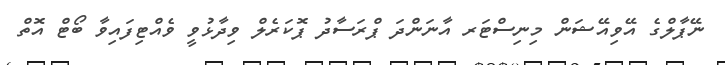
ނޭޕާލްގެ އޭވިއޭޝަން މިނިސްޓަރ އާނަންދަ ޕްރަސާދު ޕޮކަރެލް ވިދާޅުވީ ވެއްޓިފައިވާ ބޯޓް އޮތް